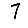
Digit: 7